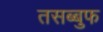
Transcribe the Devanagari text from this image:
तसब्बुफ